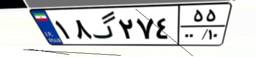
۱۸گ۲۷۴۵۵